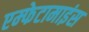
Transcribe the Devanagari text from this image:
एम्फेटामाइंस